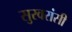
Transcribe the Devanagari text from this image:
सुरवरांसी